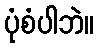
ပုံစံပါဘဲ။